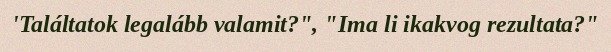
'Találtatok legalább valamit?", "Ima li ikakvog rezultata?"